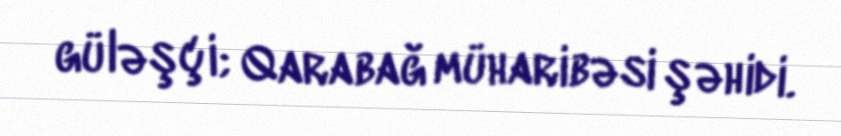
güləşçi; Qarabağ müharibəsi şəhidi.